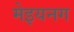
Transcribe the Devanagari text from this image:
मेइयनग